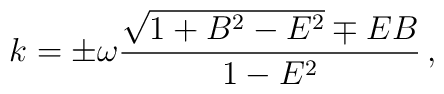
k=\pm\omega \frac{\sqrt{1+B^2-E^2}\mp E B}{1-E^2}\, ,